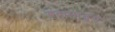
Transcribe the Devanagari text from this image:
हवानातून